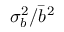
\sigma _ { b } ^ { 2 } / \bar { b } ^ { 2 }